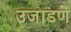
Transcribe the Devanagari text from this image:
उजाडणे